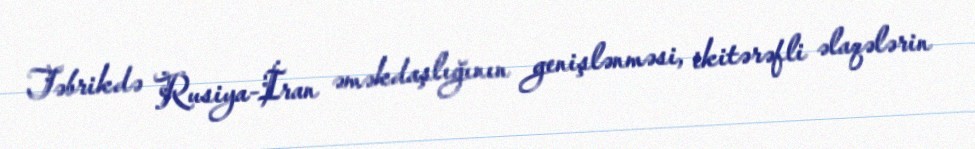
Təbrikdə Rusiya-İran əməkdaşlığının genişlənməsi, ikitərəfli əlaqələrin